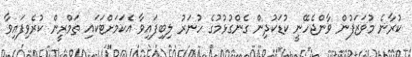
ކުރާނެ މުވަޒަފުން ވާންޖެހޭނީ ކުޑަކުދިން ގެންގުޅުމުގެ ހުނަރު ލިބިފައިވާ އެކަމަށްޓަކައި ތަމްރީން ކުރެވިފައިވާ